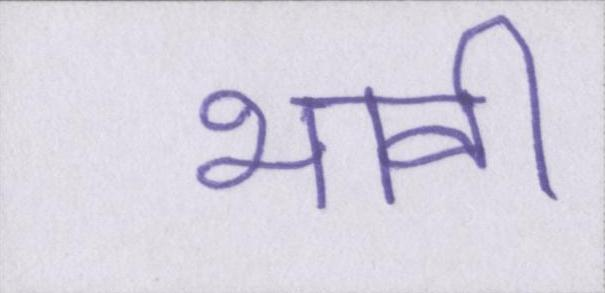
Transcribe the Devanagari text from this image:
भावी